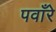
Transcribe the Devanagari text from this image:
पवाँरे